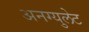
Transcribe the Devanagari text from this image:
अनग्युलेट